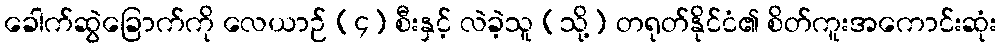
ခေါက်ဆွဲခြောက်ကို လေယာဉ် (၄) စီးနှင့် လဲခဲ့သူ (သို့) တရုတ်နိုင်ငံ၏ စိတ်ကူးအကောင်းဆုံး